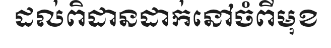
ដល់ពិដានដាក់នៅចំពីមុខ